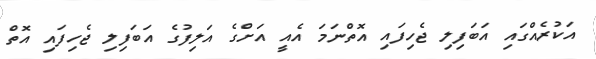
އަކުރެއްގައި އަބަފިލި ޖެހިފައި އޮތްނަމަ އެއީ އަށްގެ އަލިފުގެ އަބަފިލި ޖެހިފައި އޮތް